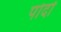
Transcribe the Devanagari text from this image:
पोदों